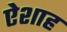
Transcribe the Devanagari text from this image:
ऐशाह